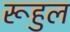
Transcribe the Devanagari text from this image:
रूहुल